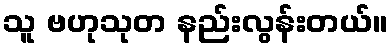
သူ ဗဟုသုတ နည်းလွန်းတယ်။